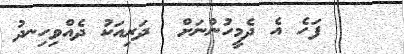
ފަހެ އެ ދެމީހުންނަށް  ދަރިއަކު ދެއްވިހިނދު